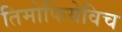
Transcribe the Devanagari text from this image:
तिमोफियेविच